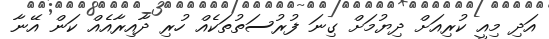
އަދި މިއީ ކުރިއަށް ދިޔުމަށް ގިނަ ފުރުސަތުތަކެއް ހުރި ދާއިރާއެއް ކަން އޭނާ